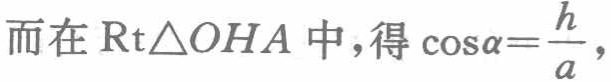
而在$\mathrm{Rt}\triangle OHA$中，得$\cos\alpha=\frac{h}{a}$，